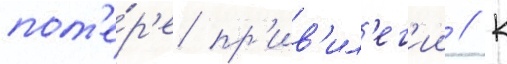
пот'е́р'е пр'ив'ил'ег'ии // К